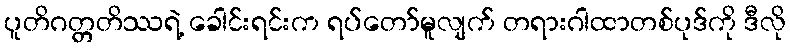
ပူတိဂတ္တတိဿရဲ့ ခေါင်းရင်းက ရပ်တော်မူလျက် တရားဂါထာတစ်ပုဒ်ကို ဒီလို